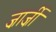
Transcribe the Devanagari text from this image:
ज़ार्ज़ी